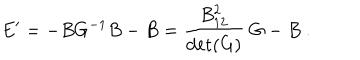
E ^ { \prime } = - B G ^ { - 1 } B - B = { \frac { B _ { 1 2 } ^ { 2 } } { \det ( G ) } } ~ G - B ~ .